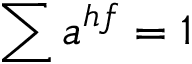
\sum a ^ { h f } = 1